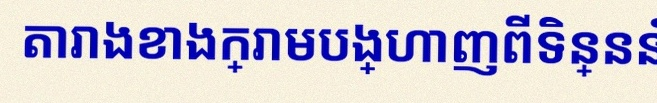
តារាងខាងក្រោមបង្ហាញពីទិន្នន័យ